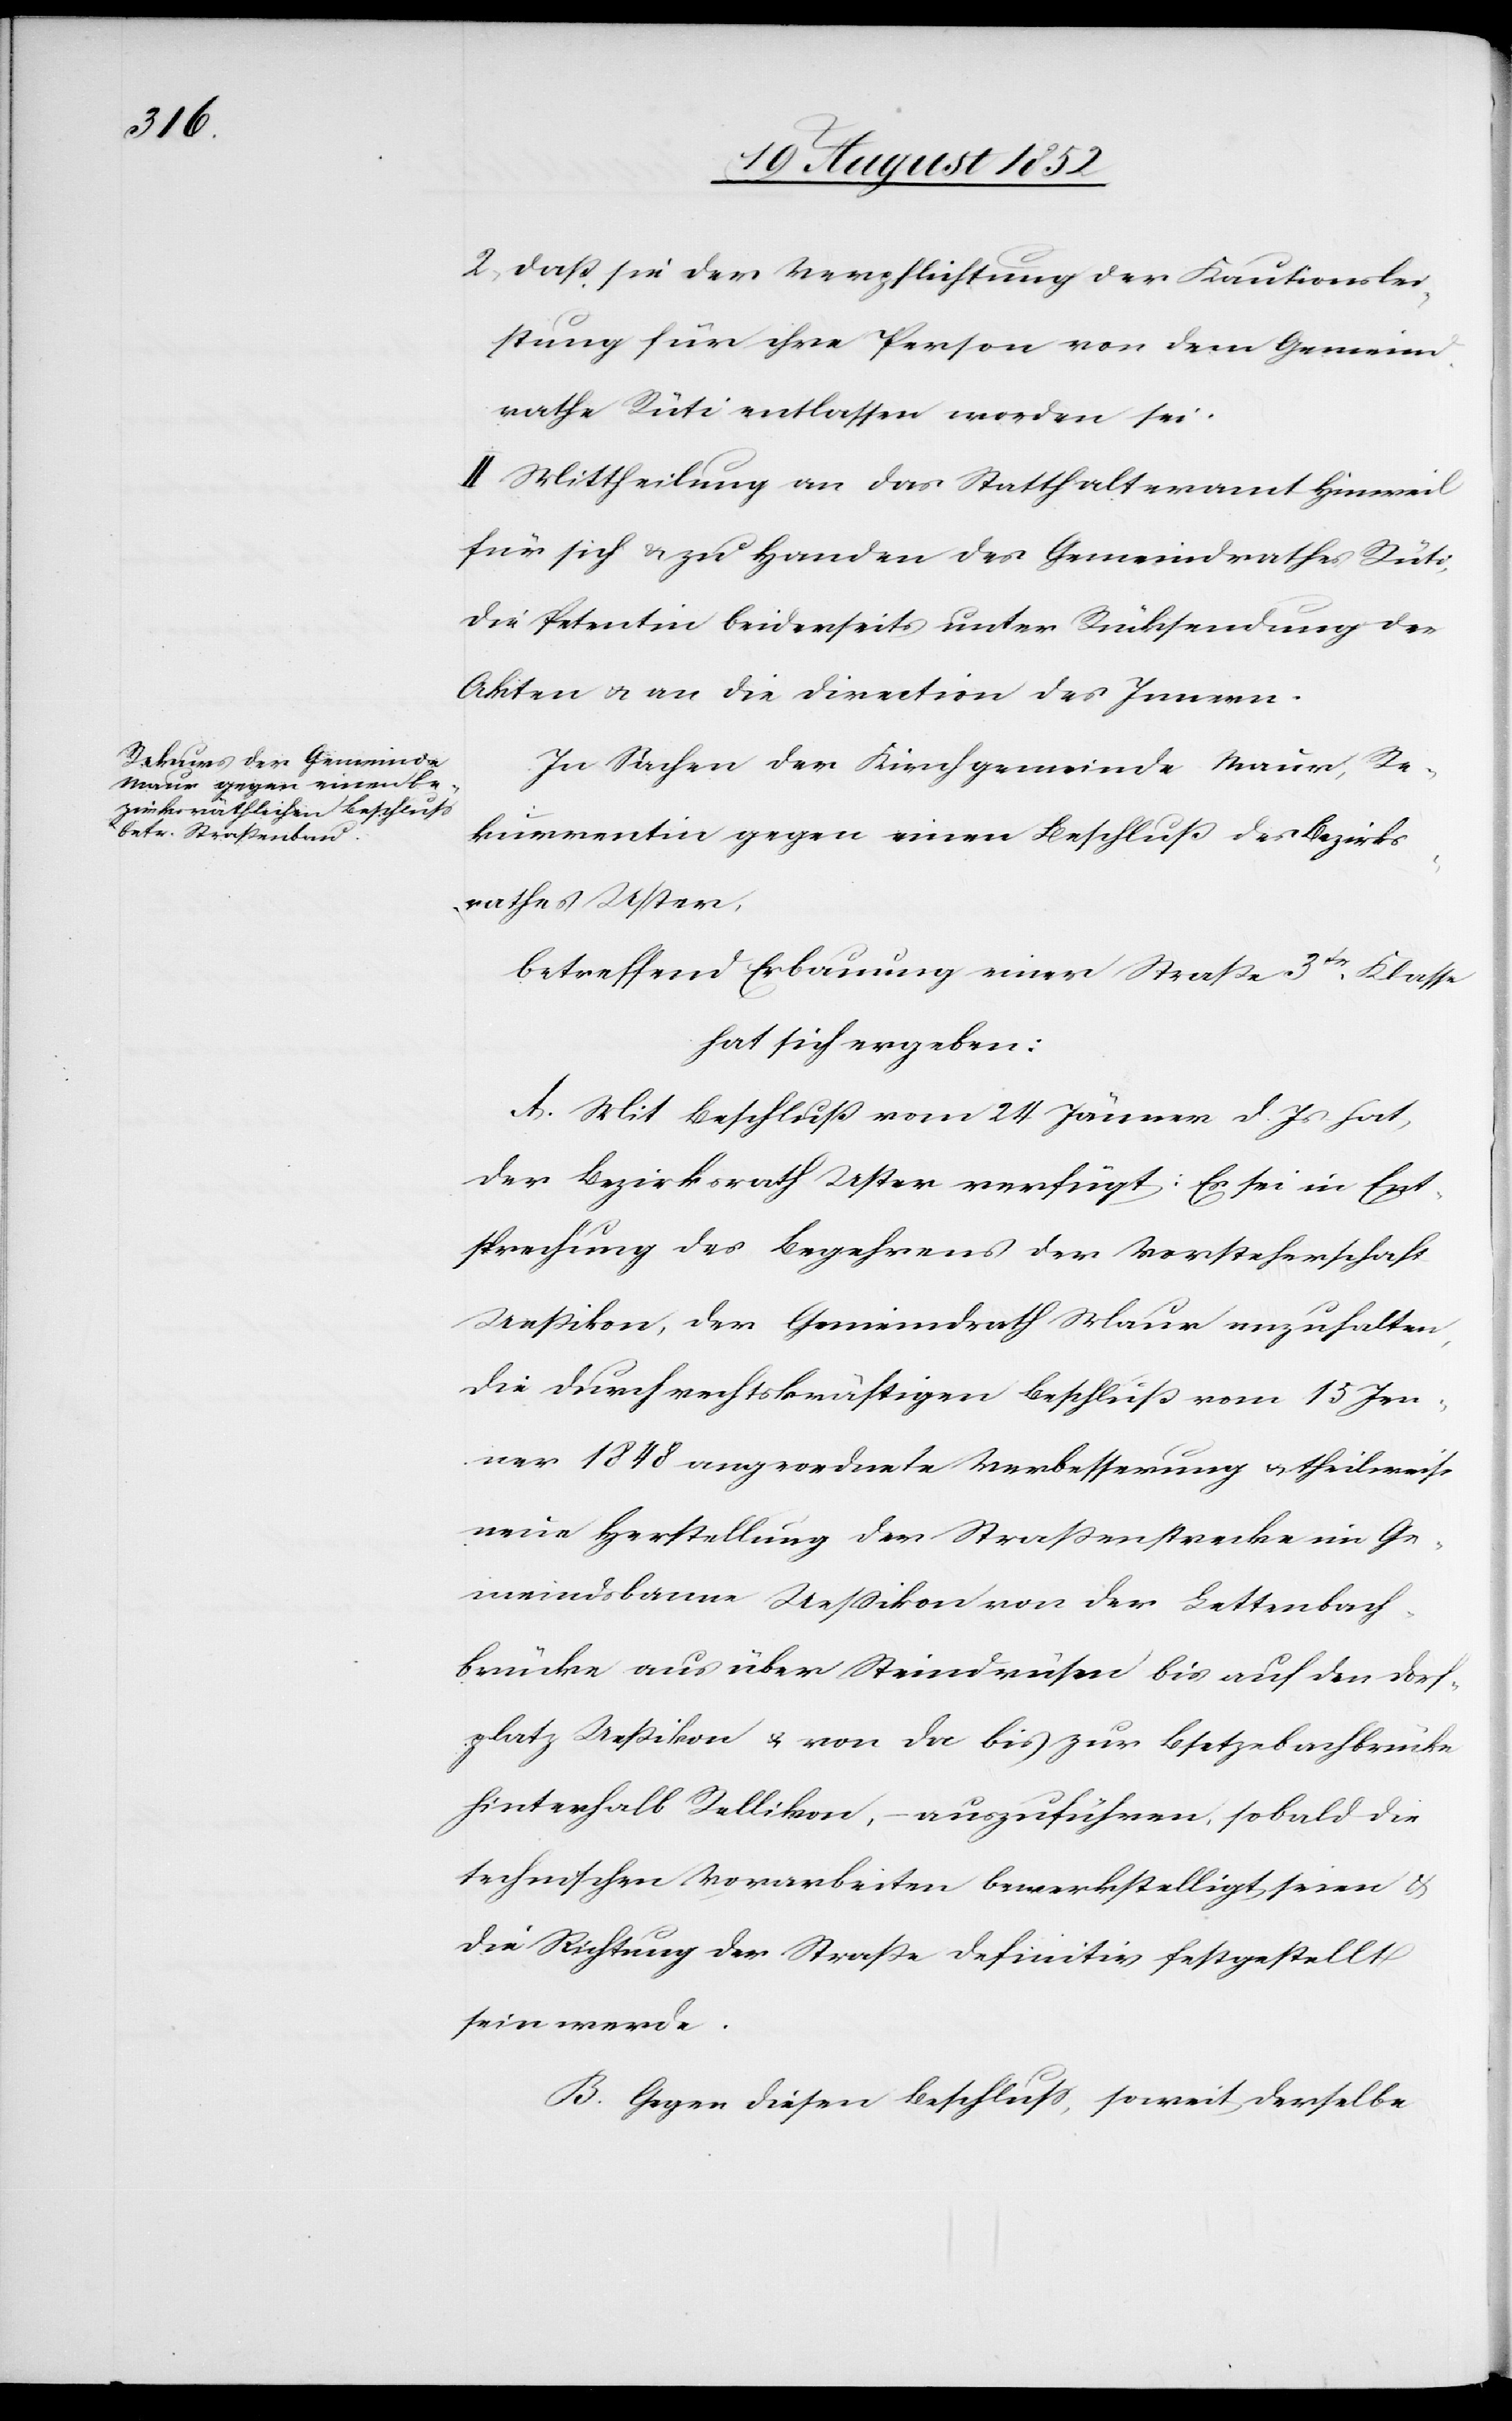
daß sie der Verpflichtung der Kautionslei¬
stung für ihre Person von dem Gemeind¬
rathe Rüti entlassen worden sei.
II. Mittheilung an das Statthalteramt Hinweil
für sich & zu Handen des Gemeindrathes Rüti,
die Petentin beiderseits unter Rücksendung der
Akten & an die Direction des Innern.
In Sachen der Kirchgemeinde Maur, Re¬
kurrentin gegen einen Beschluß des Bezirks¬
rathes Uster,
betreffend Erbauung einer Straße 3tr. Klasse
hat sich ergeben:
A. Mit Beschluß vom 24 Jänner d. Js hat
der Bezirksrath Uster verfügt: Es sei in Ent¬
sprechung des Begehrens der Vorsteherschaft
Ueßikon, der Gemeindrath Maur anzuhalten,
die durch rechtskräftigen Beschluß vom 15 Jen¬
ner 1848 angeordnete Verbesserung & theilweise
neue Herstellung der Straßenstrecke im Ge¬
meindsbanne Uessikon von der Lettenbach¬
brücke aus über Steindrüsen bis auf den Dorf¬
platz Ueßikon & von da bis zur Bsetzebachbrücke
hinterhalb Rellikon, – auszuführen, sobald die
technischen Vorarbeiten bewerkstelligt seien &
die Richtung der Straße definitiv festgestellt
sein werde.
2,
B. Gegen diesen Beschluss, soweit derselbe